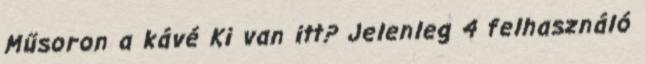
Műsoron a kávé Ki van itt? Jelenleg 4 felhasználó